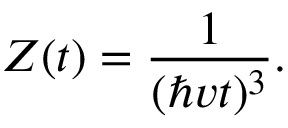
Z ( t ) = { \frac { 1 } { ( \hbar v t ) ^ { 3 } } } .